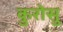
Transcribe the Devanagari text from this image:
कुरोसु